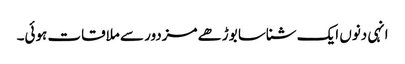
انہی دنوں ایک شناسا بوڑھے مزدور سے ملاقات ہوئی۔